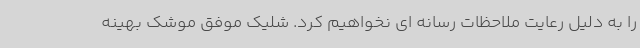
را به دلیل رعایت ملاحظات رسانه ای نخواهیم کرد. شلیک موفق موشک بهینه